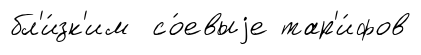
бл'и́зк'им со́евыjе тар'и́фов